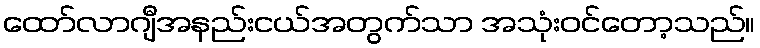
ထော်လာဂျီအနည်းငယ်အတွက်သာ အသုံးဝင်တော့သည်။